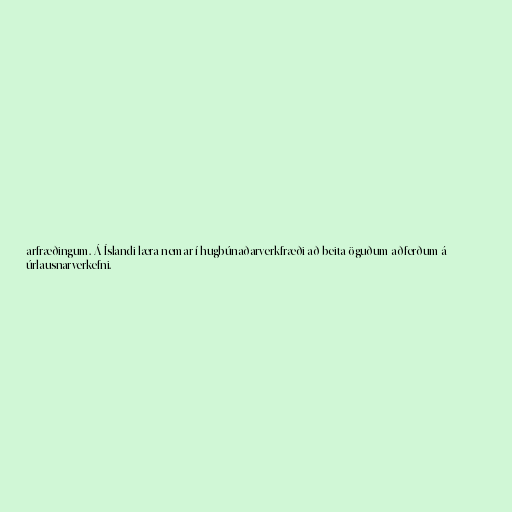
arfræðingum. Á Íslandi læra nemar í hugbúnaðarverkfræði að beita öguðum aðferðum á
úrlausnarverkefni.